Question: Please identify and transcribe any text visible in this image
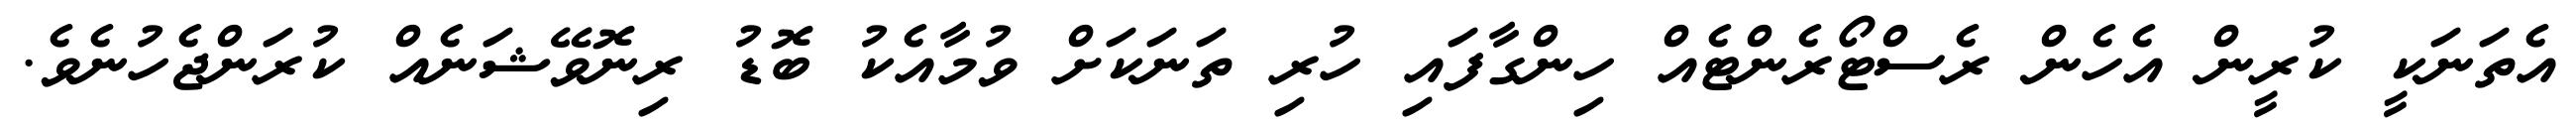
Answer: އެތަނަކީ ކުރީން އެހެން ރެސްޓޯރެންޓެއް ހިންގާފައި ހުރި ތަނަކަށް ވުމާއެކު ބޮޑު ރިނޮވޭޝަނެއް ކުރަންޖެހުނެވެ.